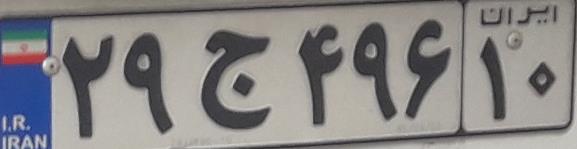
۲۹ج۴۹۶۱۰